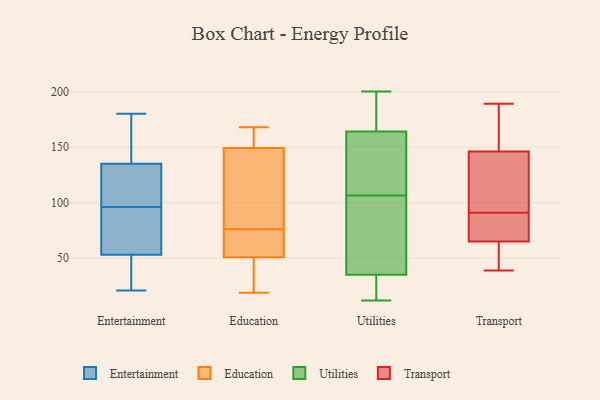
{"axis": {"x": "Demand Index", "y": "Value"}, "legend": ["Education", "Entertainment", "Transport", "Utilities"], "data": [{"x": "", "y": 91, "type": "Entertainment"}, {"x": "", "y": 41, "type": "Entertainment"}, {"x": "", "y": 131, "type": "Entertainment"}, {"x": "", "y": 141, "type": "Entertainment"}, {"x": "", "y": 180, "type": "Entertainment"}, {"x": "", "y": 37, "type": "Entertainment"}, {"x": "", "y": 96, "type": "Entertainment"}, {"x": "", "y": 146, "type": "Entertainment"}, {"x": "", "y": 102, "type": "Entertainment"}, {"x": "", "y": 57, "type": "Entertainment"}, {"x": "", "y": 133, "type": "Entertainment"}, {"x": "", "y": 21, "type": "Entertainment"}, {"x": "", "y": 91, "type": "Entertainment"}, {"x": "", "y": 76, "type": "Education"}, {"x": "", "y": 113, "type": "Education"}, {"x": "", "y": 125, "type": "Education"}, {"x": "", "y": 138, "type": "Education"}, {"x": "", "y": 24, "type": "Education"}, {"x": "", "y": 159, "type": "Education"}, {"x": "", "y": 59, "type": "Education"}, {"x": "", "y": 61, "type": "Education"}, {"x": "", "y": 26, "type": "Education"}, {"x": "", "y": 153, "type": "Education"}, {"x": "", "y": 157, "type": "Education"}, {"x": "", "y": 75, "type": "Education"}, {"x": "", "y": 19, "type": "Education"}, {"x": "", "y": 168, "type": "Education"}, {"x": "", "y": 48, "type": "Education"}, {"x": "", "y": 12, "type": "Utilities"}, {"x": "", "y": 164, "type": "Utilities"}, {"x": "", "y": 194, "type": "Utilities"}, {"x": "", "y": 22, "type": "Utilities"}, {"x": "", "y": 74, "type": "Utilities"}, {"x": "", "y": 15, "type": "Utilities"}, {"x": "", "y": 85, "type": "Utilities"}, {"x": "", "y": 128, "type": "Utilities"}, {"x": "", "y": 171, "type": "Utilities"}, {"x": "", "y": 35, "type": "Utilities"}, {"x": "", "y": 15, "type": "Utilities"}, {"x": "", "y": 72, "type": "Utilities"}, {"x": "", "y": 148, "type": "Utilities"}, {"x": "", "y": 156, "type": "Utilities"}, {"x": "", "y": 139, "type": "Utilities"}, {"x": "", "y": 80, "type": "Utilities"}, {"x": "", "y": 200, "type": "Utilities"}, {"x": "", "y": 184, "type": "Utilities"}, {"x": "", "y": 172, "type": "Transport"}, {"x": "", "y": 116, "type": "Transport"}, {"x": "", "y": 146, "type": "Transport"}, {"x": "", "y": 53, "type": "Transport"}, {"x": "", "y": 65, "type": "Transport"}, {"x": "", "y": 39, "type": "Transport"}, {"x": "", "y": 81, "type": "Transport"}, {"x": "", "y": 145, "type": "Transport"}, {"x": "", "y": 189, "type": "Transport"}, {"x": "", "y": 46, "type": "Transport"}, {"x": "", "y": 91, "type": "Transport"}, {"x": "", "y": 153, "type": "Transport"}, {"x": "", "y": 74, "type": "Transport"}, {"x": "", "y": 91, "type": "Transport"}]}